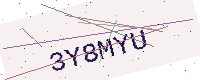
Text: 3Y8MYU